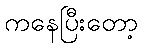
ကနေပြီးတော့